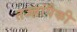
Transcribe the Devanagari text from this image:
तज्‍ज्ञांपैकी